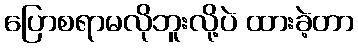
ပြောစရာမလိုဘူးလို့ပဲ ထားခဲ့တာ